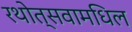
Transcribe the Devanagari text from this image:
रथोत्सवामधिल